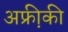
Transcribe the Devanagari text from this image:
अफ्री़की